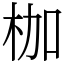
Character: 枷